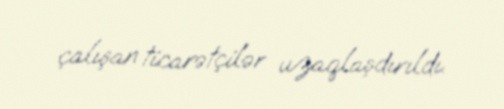
çalışan ticarətçilər uzaqlaşdırıldı.